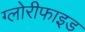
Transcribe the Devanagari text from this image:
ग्लोरीफाइड